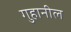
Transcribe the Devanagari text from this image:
गुहानील